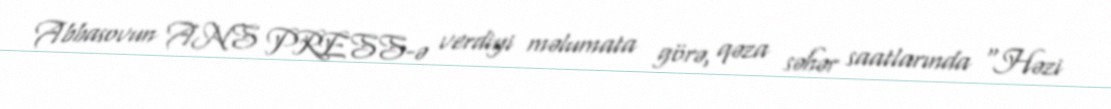
Abbasovun ANS PRESS-ə verdiyi məlumata görə, qəza səhər saatlarında “Həzi